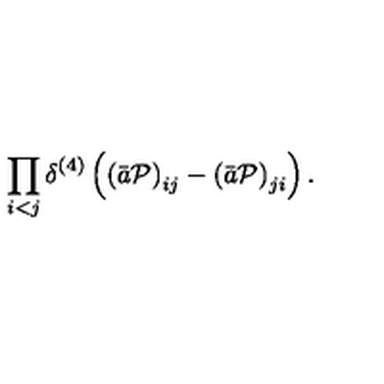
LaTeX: \prod _ { i < j } \delta ^ { ( 4 ) } \left( \left( \bar { a } { \cal P } \right) _ { i j } - \left( \bar { a } { \cal P } \right) _ { j i } \right) .